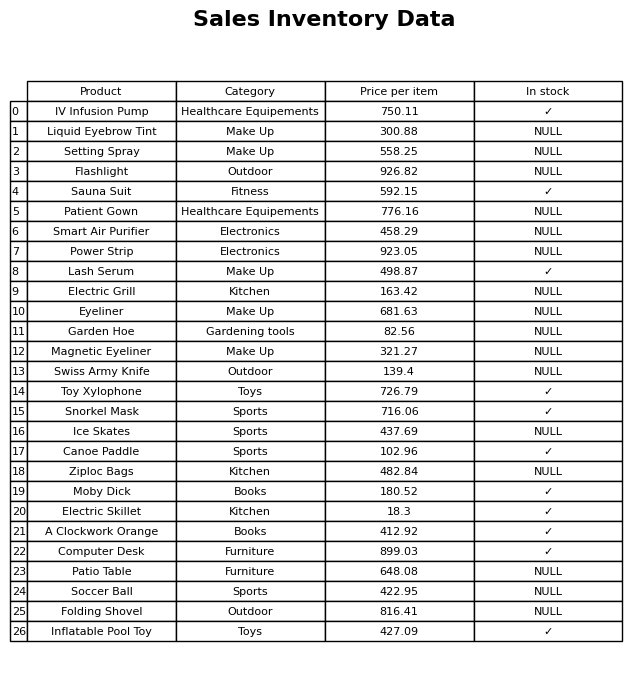
question: What is the price for Patio Table?
answer: The price of Patio Table is 648.08.